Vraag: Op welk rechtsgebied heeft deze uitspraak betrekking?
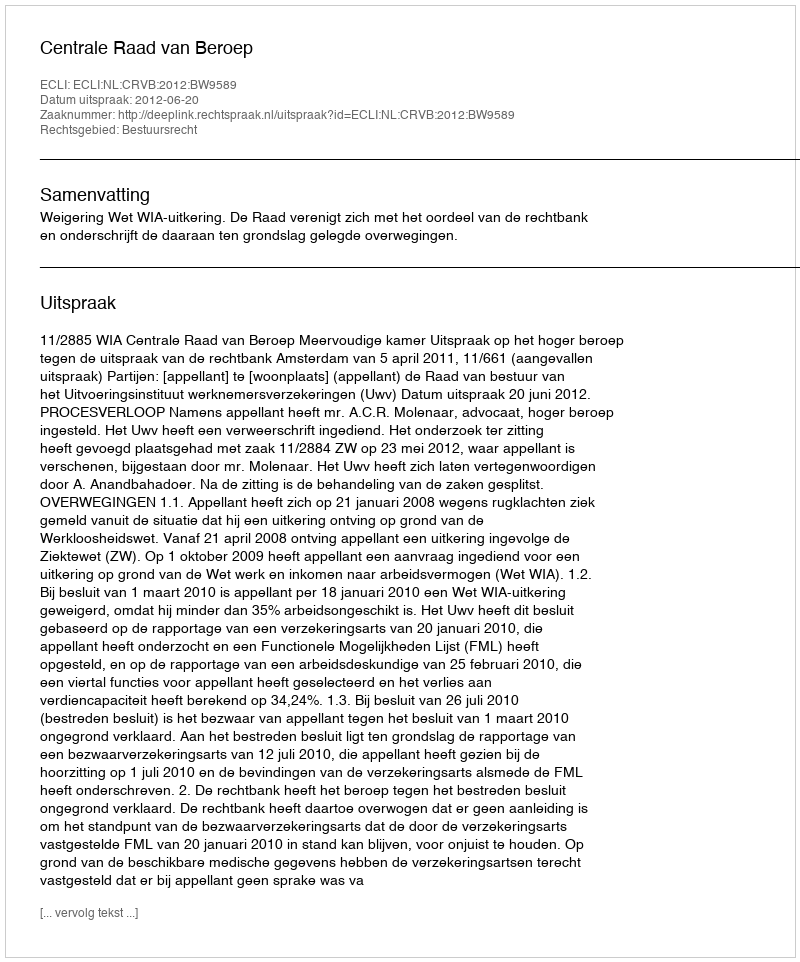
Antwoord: Bestuursrecht